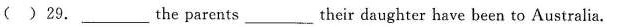
( )29.___the parents___their daughter have been to Australia.